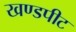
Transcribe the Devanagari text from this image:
खण्डपीट